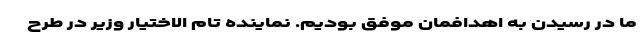
ما در رسیدن به اهدافمان موفق بودیم. نماینده تام الاختیار وزیر در طرح